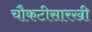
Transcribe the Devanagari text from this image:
चौकटीसारखी